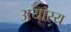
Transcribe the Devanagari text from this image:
अयास्य